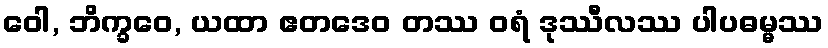
ဝေါ, ဘိက္ခဝေ, ယထာ ဧတဒေဝ တဿ ဝရံ ဒုဿီလဿ ပါပဓမ္မဿ